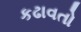
કઢાવતો